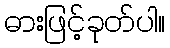
ဓားဖြင့်ခုတ်ပါ။